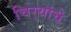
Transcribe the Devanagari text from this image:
चिर्‍यांचे